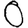
Digit: 0